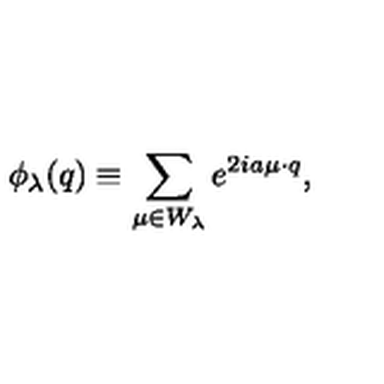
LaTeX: \phi _ { \lambda } ( q ) \equiv \sum _ { \mu \in W _ { \lambda } } e ^ { 2 i a \mu \cdot q } ,